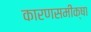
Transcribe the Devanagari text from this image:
कारणसमीक्षा